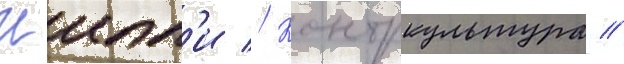
Иипп'и // Контркультура //